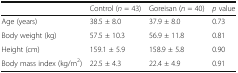
<table><thead><tr><td></td><td><b>Control (<i>n</i> = 43)</b></td><td><b>Goreisan (<i>n</i> = 40)</b></td><td><b><i>p</i> value</b></td></tr></thead><tbody><tr><td>Age (years)</td><td>38.5 ± 8.0</td><td>37.9 ± 8.0</td><td>0.73</td></tr><tr><td>Body weight (kg)</td><td>57.5 ± 10.3</td><td>56.9 ± 11.8</td><td>0.81</td></tr><tr><td>Height (cm)</td><td>159.1 ± 5.9</td><td>158.9 ± 5.8</td><td>0.90</td></tr><tr><td>Body mass index (kg/m<sup>2</sup>)</td><td>22.5 ± 4.3</td><td>22.4 ± 4.9</td><td>0.91</td></tr></tbody></table>